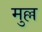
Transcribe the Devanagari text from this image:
मुल्ल